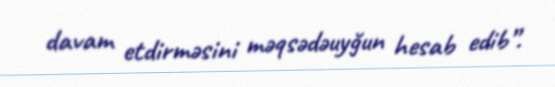
davam etdirməsini məqsədəuyğun hesab edib”.